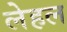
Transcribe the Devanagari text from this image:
लेहल